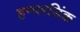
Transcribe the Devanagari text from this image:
हम्परडिंक